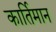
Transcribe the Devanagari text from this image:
कार्तिमान